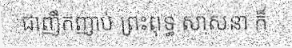
ជាញឹកញាប់ ព្រះពុទ្ធ សាសនា ក៏